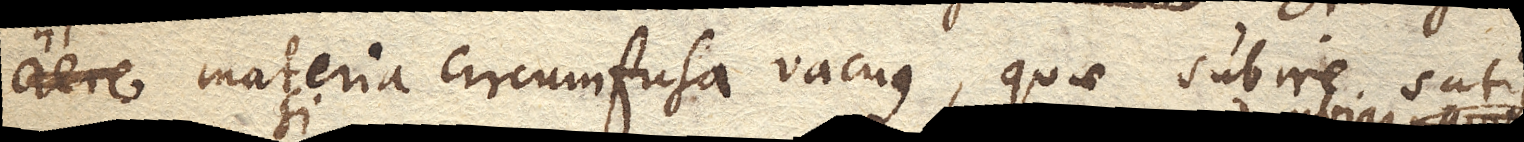
aere materia circumfusa vacuus, quae subire satis